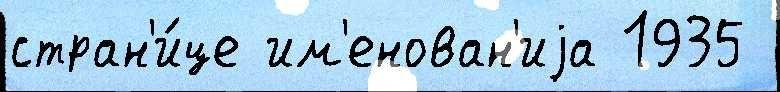
стран'и́це им'енован'иjа 1935